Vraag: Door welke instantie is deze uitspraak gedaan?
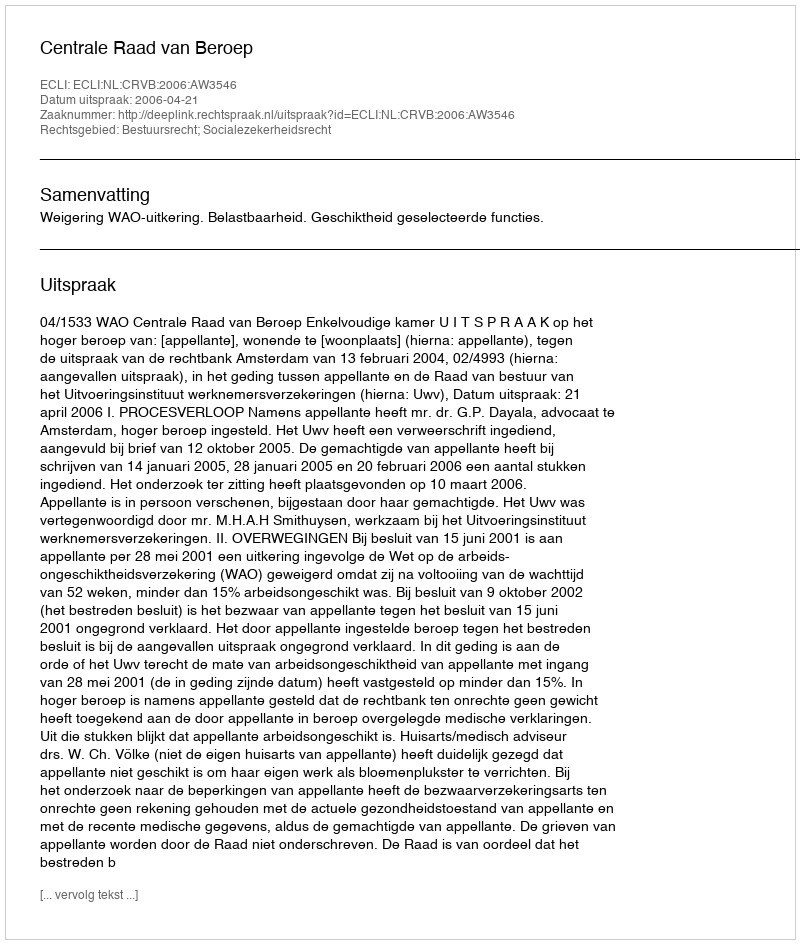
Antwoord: Centrale Raad van Beroep